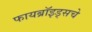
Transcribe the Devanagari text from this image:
फायब्रॉइड्सचे